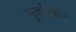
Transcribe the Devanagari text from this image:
मुर्दाख़ोर